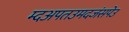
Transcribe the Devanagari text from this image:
म्दअपतउमदजंसपेउ